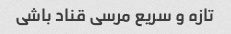
تازه و سریع مرسی قناد باشی